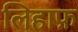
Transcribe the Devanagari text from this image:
लिहाफ़